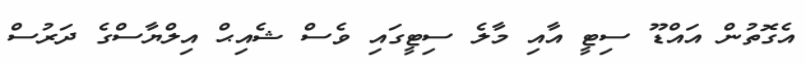
އެގޮތުން އައްޑޫ ސިޓީ އާއި މާލެ ސިޓީގައި ވެސް ޝެއިޙް އިލްޔާސްގެ ދަރުސް